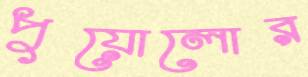
পুয়োলোর